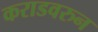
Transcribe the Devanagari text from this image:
कराडवरुन